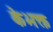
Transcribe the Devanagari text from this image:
केभक्त